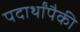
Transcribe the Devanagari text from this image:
पदार्थांपैकी